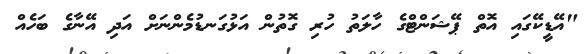
"އޭޑީކޭގައި އޮތް ޕޭޝަންޓްގެ ހާލަތު ހުރި ގޮތުން އަޅުގަނޑުމެންނަށް އަދި އޭނާގެ ބަހެއް